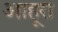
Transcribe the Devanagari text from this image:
आहूरा